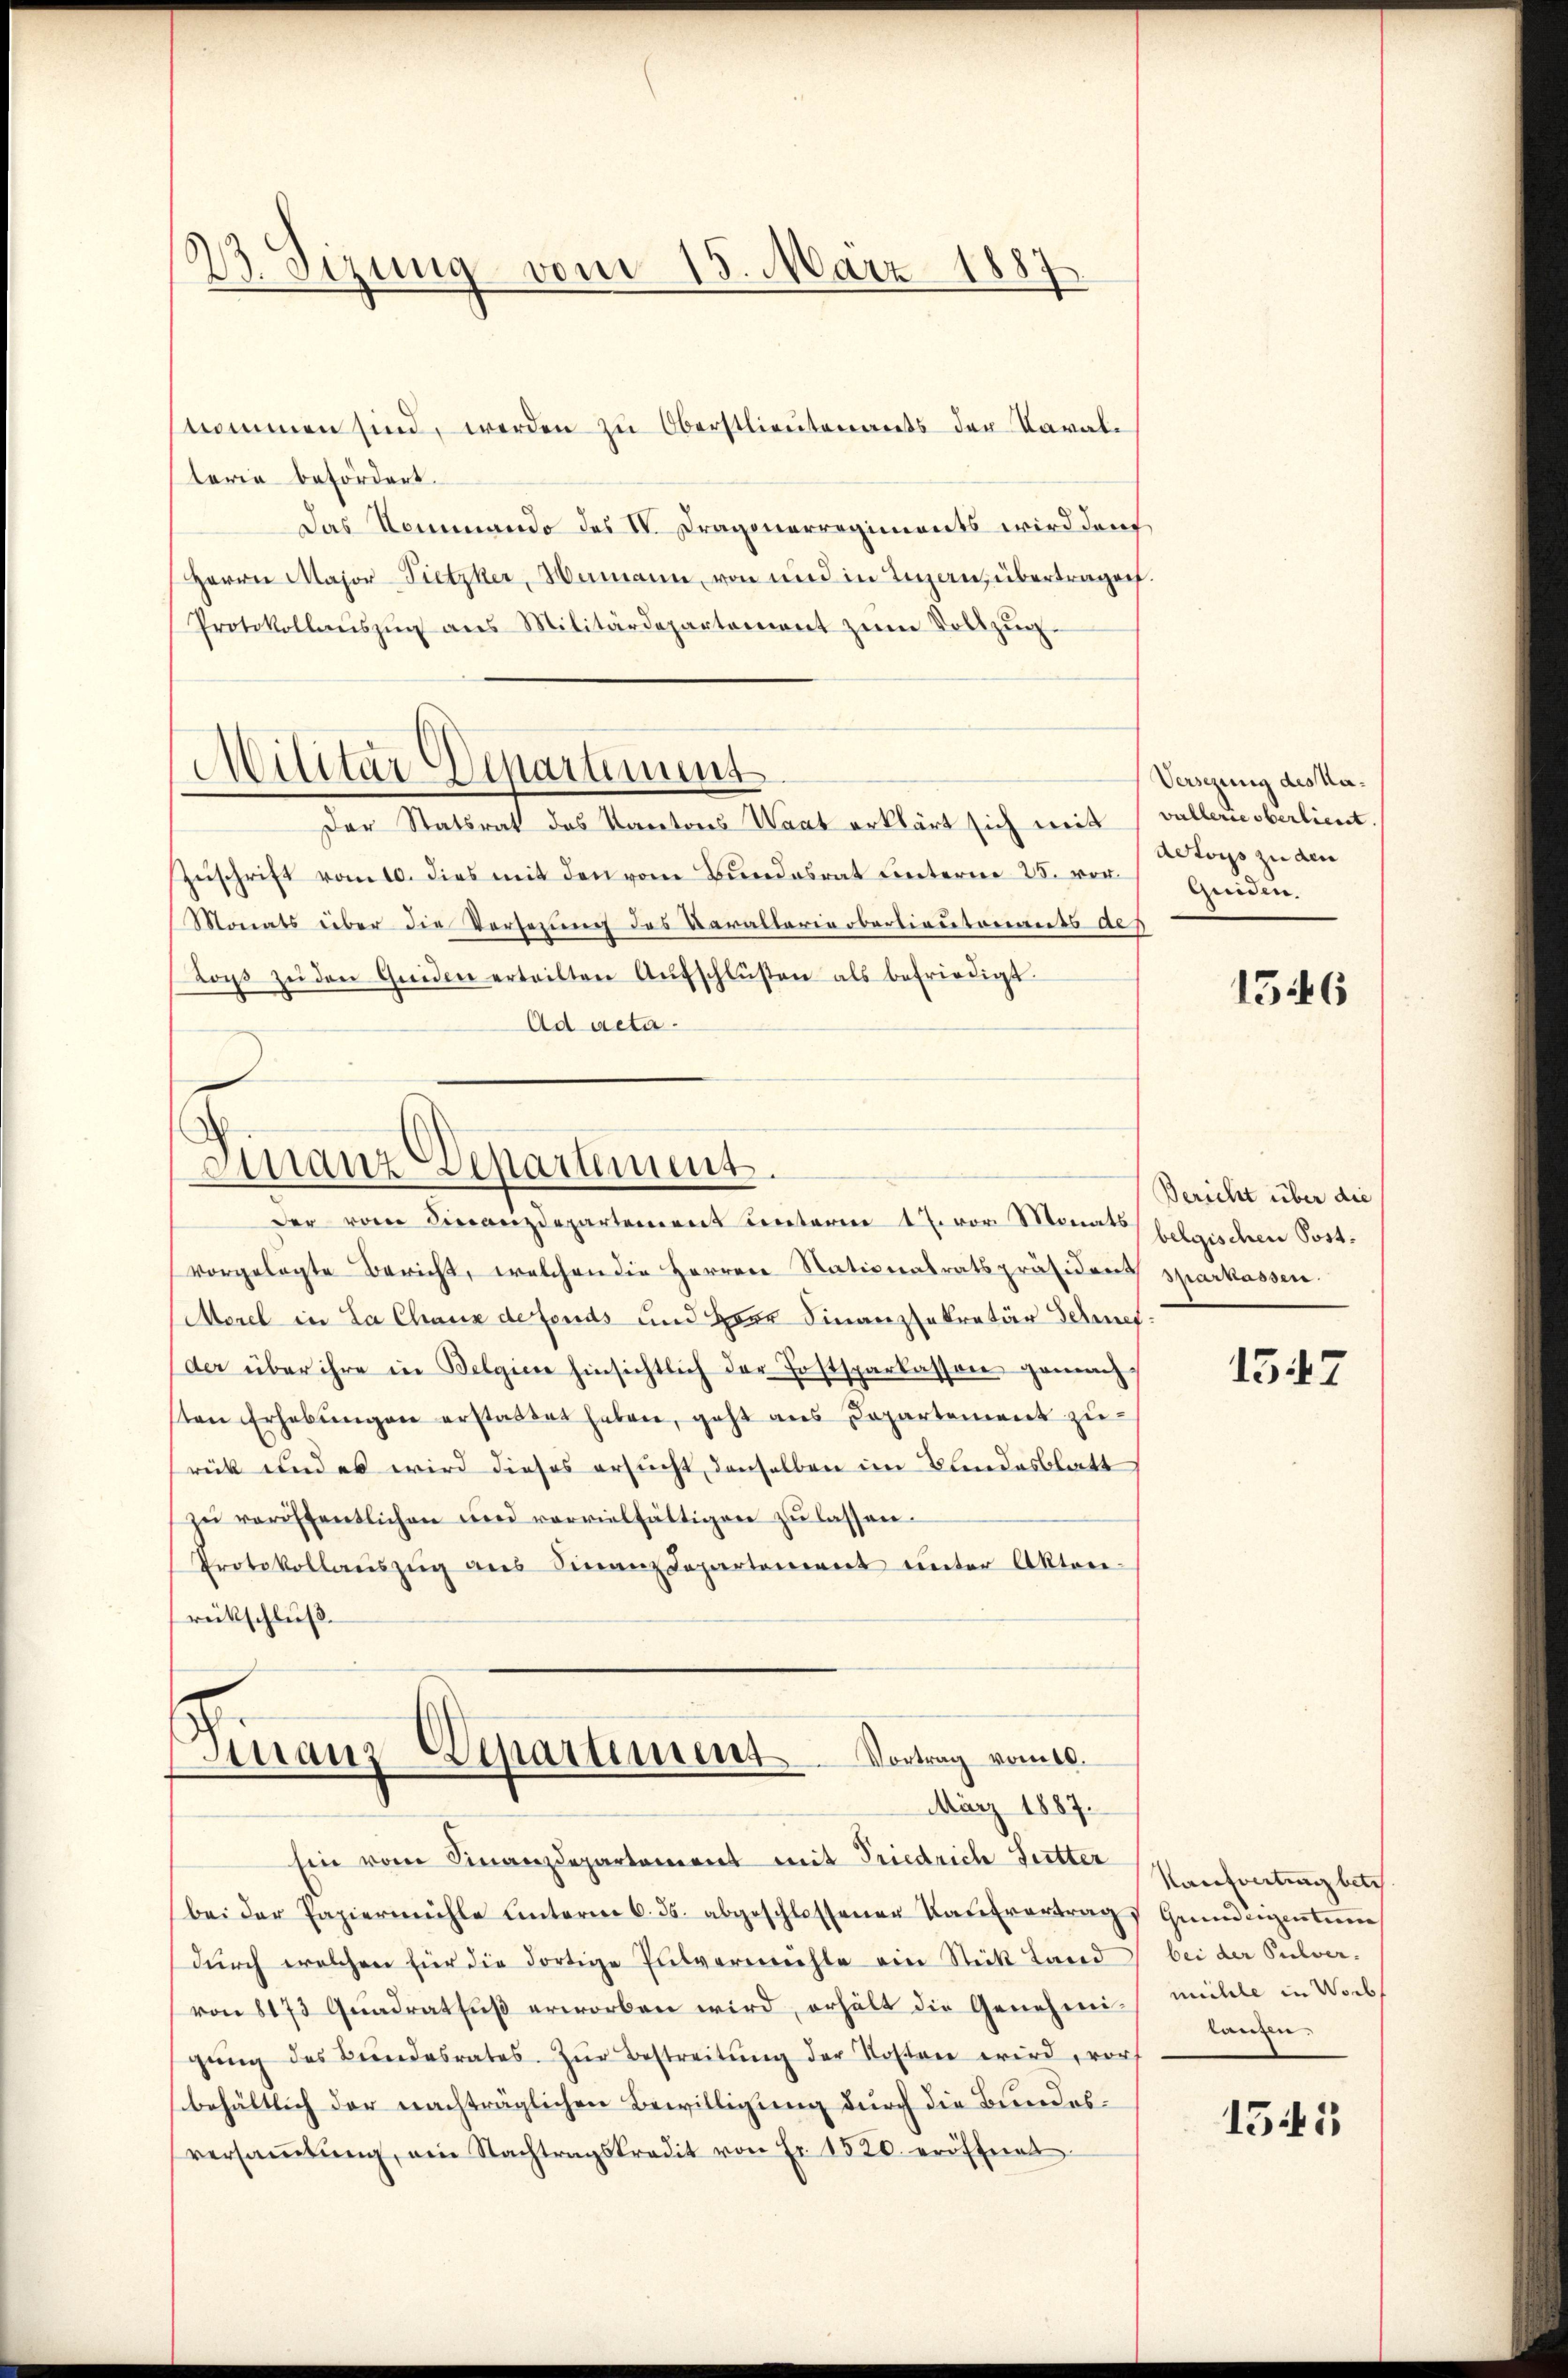
23. Sizung vom 15. März 1887

nommen sind, werden zu Oberstlieutenants der Paralterie befördert.
Das Nommando des IV. Dragonerregiments wird den
Herrn Major Pietzker, Mamann, von und in Legenübertragen.
Protokollaŭszŭg ans Militärdepartement zŭm Vollzŭg-
Militär Departimums
Der Statsrat das Kantons Waat erklärt sich mit, vallerieberlieut.
Zuschrift vom 10. dies mit den vom Bundesrat unterm 25. vor¬
Monats über die Versezung des Varallarie oberlieutenants als
Loys zŭ den Guiden erteilten Aŭfschlüßen als befriedigt.
Ad acta.

Finanz-Departement.
der vom Finanzdepartement unterm 17. vor Monats

Finanz-Departement. Vortrag vom 10.
März 1887.

Versezung des Ma¬
Actors zu den
Geden.

vorgelegte Bericht, welchen die Herren Nationalratspräsidens sparkassen.
(Merel in La Chaux de fonds und Herr Finanzsekretär Schnefder über ihre in Belgien hinsichtlich der Postsparkassen gemachten Erhebungen erstattet haben, geht aus Departement zu
rück und es wird dieses ersucht denselben im Bundesblatt
zŭ veröffentlichen und vervielfältigen zŭ lassen.
Protokollauszug aus Finanzdepartement unter Akten-
rückschluß.

Ein vom Finanzdepartement mit Friedrich Futter
bei der Papiermühle unterm 6. ds. abgeschlossenen Kaŭfvertrags Grundeigentum
dŭrch welchen für die dortige Pulvermühle ein Stück Land
von 8173 Quadratfuß erworben wird, erhält die Genehmi-mühle in Vorb
gŭng des Bŭndesrates. Zŭr Bestreitŭng der Kosten wird, vorf
behältlich der nachträglichen Bewilligung durch die Bundesversaṁlŭng, ain Nachtragskredit von Fr. 1520. eröffnet

1546

Bericht über die
belgischen Post¬

1547

Kaufvertung betr
bei der Pulver.
kann.

1545